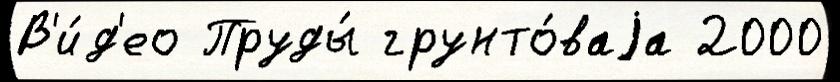
В'и́д'ео Пруды́ грунто́ваjа 2000